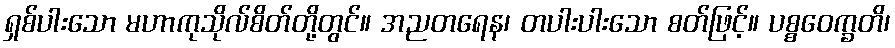
ရှစ်ပါးသော မဟာကုသိုလ်စိတ်တို့တွင်။ အညတရေန၊ တပါးပါးသော စတ်ဖြင့်။ ပစ္စဝေက္ခတိ၊